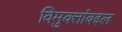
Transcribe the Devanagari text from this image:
विमुक्तांबद्दल